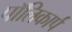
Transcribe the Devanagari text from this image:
पॉलिकार्प